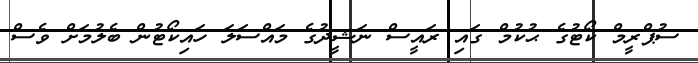
ސުޕްރީމް ކޯޓުގެ ޙުކުމް ގައި ރައީސް ނަޝީދުގެ މައްސަލަ ހައިކޯޓުން ބެލުމަށް ވެސް